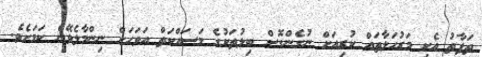
ތަފާތު އެކި މަރުހަލާތައް ކުރިއަށް ނުގެންގޮސް ބިލުތަކުގެ މަސައްކަތް އަވަހަށް ނިންމާލެވޭނެ ކަމަށެވެ.